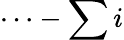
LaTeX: \cdots-\sum i